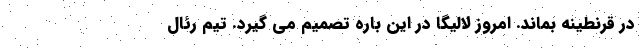
در قرنطینه بماند. امروز لالیگا در این باره تصمیم می گیرد. تیم رئال